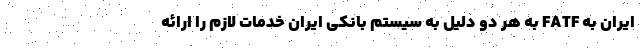
ایران به FATF به هر دو دلیل به سیستم بانکی ایران خدمات لازم را ارائه